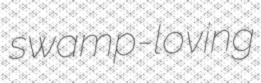
swamp-loving